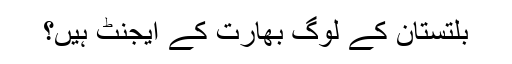
بلتستان کے لوگ بھارت کے ایجنٹ ہیں؟